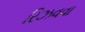
રિઝવવા